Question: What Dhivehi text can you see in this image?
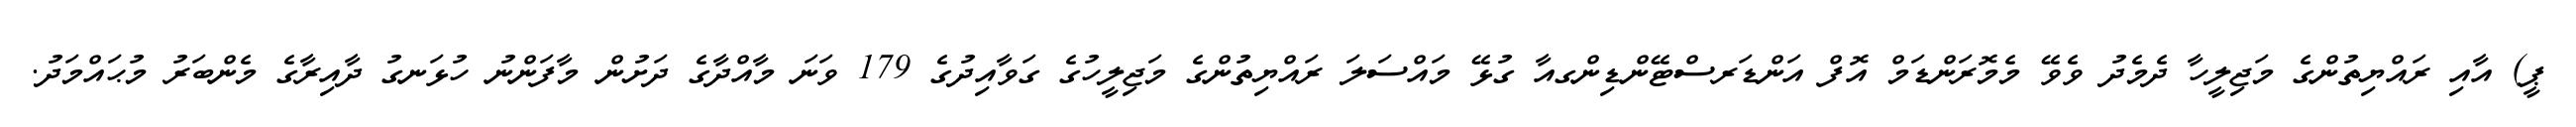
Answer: ޕީ) އާއި ރައްޔިތުންގެ މަޖިލީހާ ދެމެދު ވެވޭ މެމޮރަންޑަމް އޮފް އަންޑަރސްޓޭންޑިންގއާ ގުޅޭ މައްސަލަ ރައްޔިތުންގެ މަޖިލީހުގެ ގަވާއިދުގެ 179 ވަނަ މާއްދާގެ ދަށުން މާފަންނު ހުޅަނގު ދާއިރާގެ މެންބަރު މުޙައްމަދު.